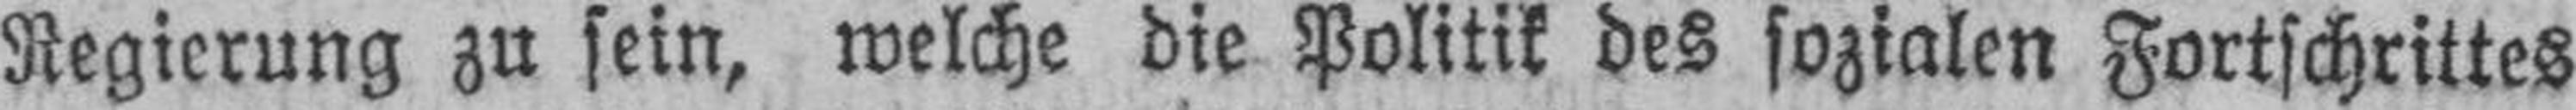
Regierung zu sein, welche die Politik des sozialen Fortschrittes